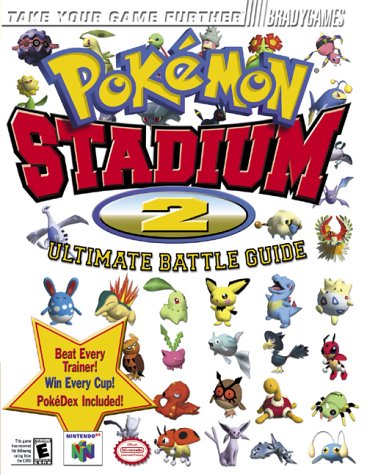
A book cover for Pokemon Stadium 2 Official Strategy Guide (Brady Games); Phillip Marcus; Computers & Technology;